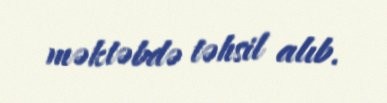
məktəbdə təhsil alıb.